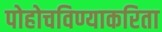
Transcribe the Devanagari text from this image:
पोहोचविण्याकरिता